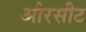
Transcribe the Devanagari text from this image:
औरसीट